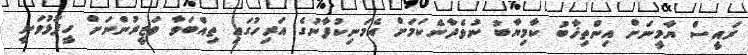
ރައީސް ޔާމީނަށް އިންތިޚާބު ކާމިޔާބު ނުވެދާނެކަމަށް އެމަނިކުފާނުގެ އަރިހުގައި ތިއްބަވާ ވަޒީރުންނަށް ހީފުޅުވަނީ